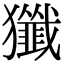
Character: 㺤